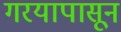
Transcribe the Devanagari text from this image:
गरयापासून